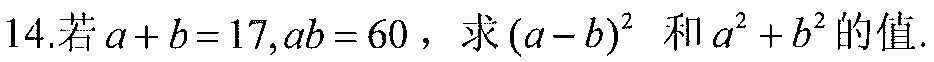
14.若\(a + b = 17,ab = 60\)，求\((a - b)^{2}\) 和\(a^{2}+b^{2}\)的值.